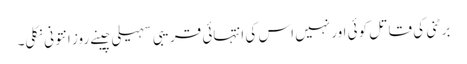
برٹنی کی قاتل کوئی اور نہیں اس کی انتہائی قریبی سہیلی چینے روز انتونی نکلی۔